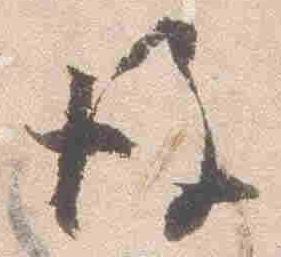
後